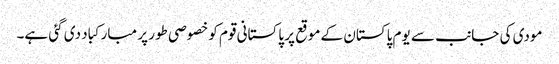
مودی کی جانب سے یوم پاکستان کے موقع پر پاکستانی قوم کو خصوصی طور پر مبارکباد دی گئی ہے۔